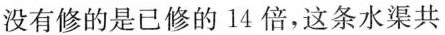
没有修的是已修的14倍，这条水渠共